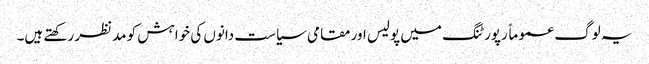
یہ لوگ عموماً رپورٹنگ میں پولیس اور مقامی سیاست دانوں کی خواہش کو مدنظر رکھتے ہیں۔